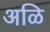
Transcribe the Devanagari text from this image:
अळि